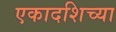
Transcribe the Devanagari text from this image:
एकादशिच्या